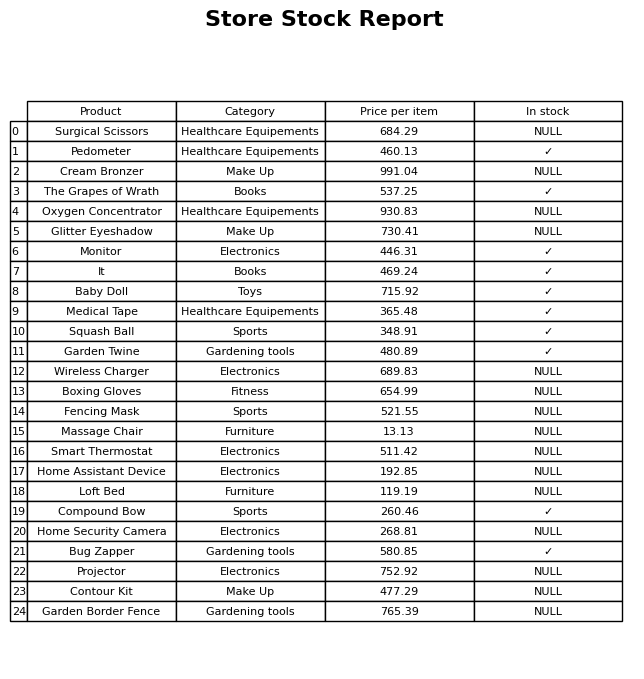
question: Which products are available in stock?
answer: Pedometer, The Grapes of Wrath, Monitor, It, Baby Doll, Medical Tape, Squash Ball, Garden Twine, Compound Bow, Bug Zapper